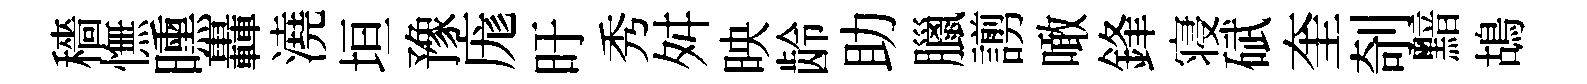
穡憮曛轟澆垣豫庬旴秀舛映龄助臘謭噉鋒寝碔奎剞黯鴣